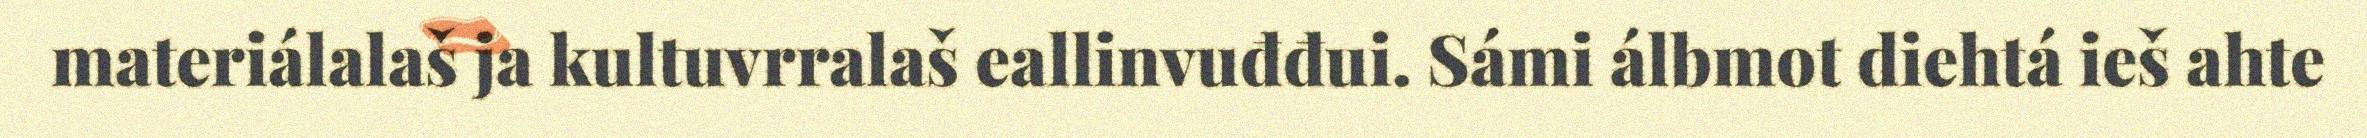
materiálalaš ja kultuvrralaš eallinvuđđui. Sámi álbmot diehtá ieš ahte